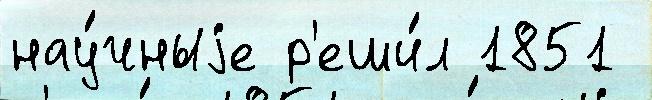
нау́чныjе р'еши́л 1851